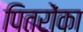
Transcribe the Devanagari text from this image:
पितरोंका